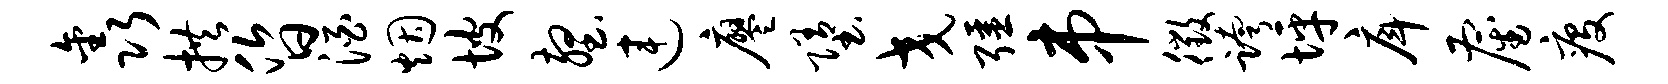
鑫拱昏酒烟坡壑连廖堕交强串徵跨坪戽雇疫